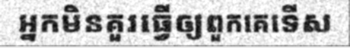
អ្នកមិនគួរធ្វើឲ្យពួកគេទើស